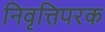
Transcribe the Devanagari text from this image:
निवृत्तिपरक